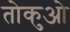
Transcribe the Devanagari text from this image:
तोकुओ